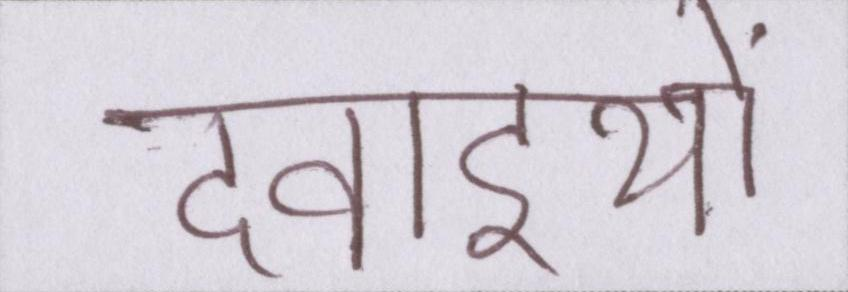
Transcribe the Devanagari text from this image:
दवाइयों